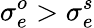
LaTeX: \sigma_{e}^{o}>\sigma_{e}^{s}